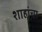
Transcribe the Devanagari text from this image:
शाहांचा